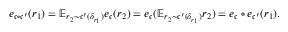
\begin{array} { r } { e _ { \mathfrak { c } \circ \mathfrak { c } ^ { \prime } } ( r _ { 1 } ) = \mathbb { E } _ { r _ { 2 } \sim \mathfrak { c } ^ { \prime } ( \delta _ { r _ { 1 } } ) } e _ { \mathfrak { c } } ( r _ { 2 } ) = e _ { \mathfrak { c } } ( \mathbb { E } _ { r _ { 2 } \sim \mathfrak { c } ^ { \prime } ( \delta _ { r _ { 1 } } ) } r _ { 2 } ) = e _ { \mathfrak { c } } \circ e _ { \mathfrak { c } ^ { \prime } } ( r _ { 1 } ) . } \end{array}